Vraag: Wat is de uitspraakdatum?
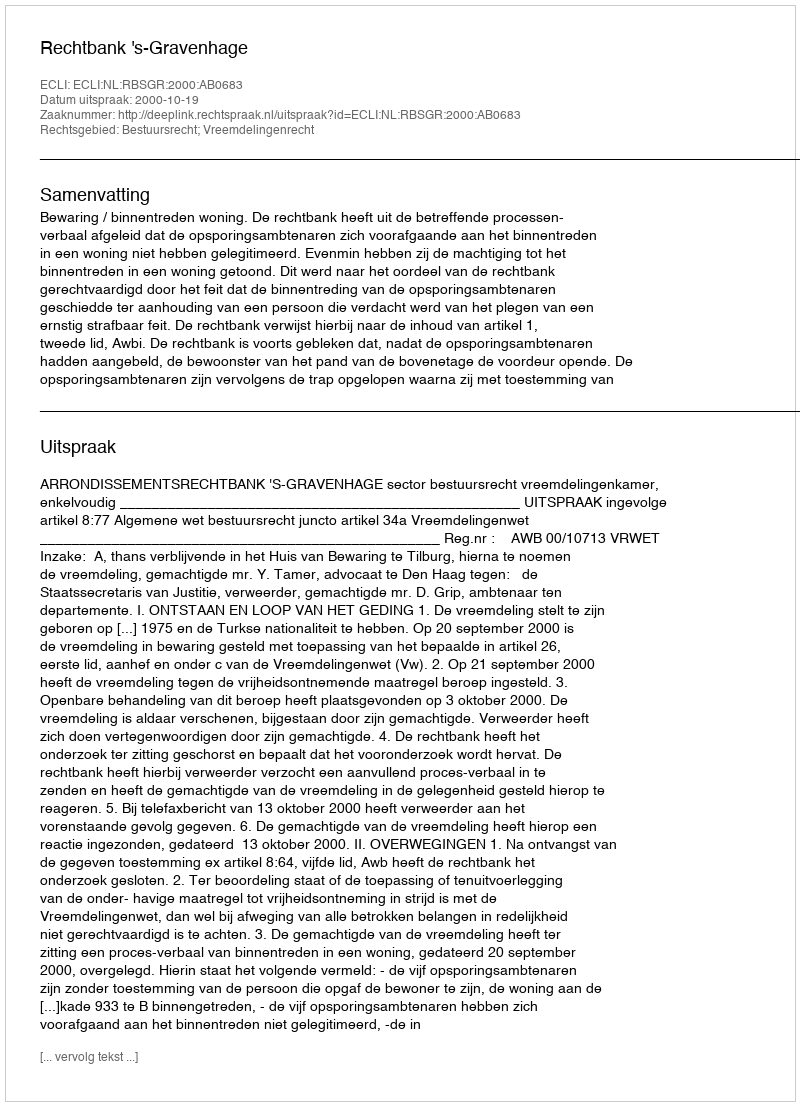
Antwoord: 2000-10-19